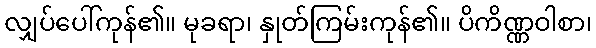
လျှပ်ပေါ်ကုန်၏။ မုခရာ၊ နှုတ်ကြမ်းကုန်၏။ ပိကိဏ္ဏဝါစာ၊